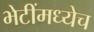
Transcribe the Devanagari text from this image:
भेटींमध्येच